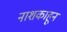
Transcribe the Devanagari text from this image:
नाशकाहून